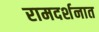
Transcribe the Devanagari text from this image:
रामदर्शनात